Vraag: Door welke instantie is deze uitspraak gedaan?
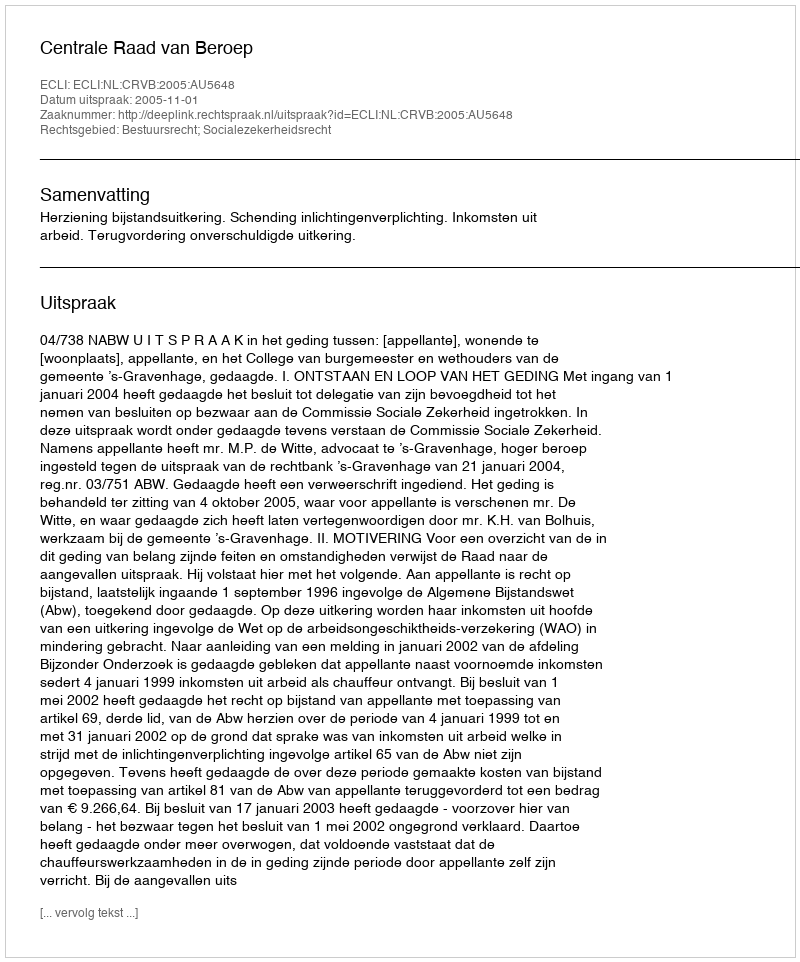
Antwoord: Centrale Raad van Beroep